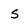
Character: s